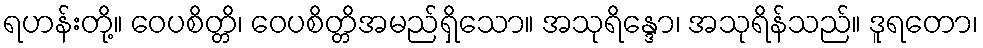
ရဟန်းတို့။ ဝေပစိတ္တိ၊ ဝေပစိတ္တိအမည်ရှိသော။ အသုရိန္ဒော၊ အသုရိန်သည်။ ဒူရတော၊